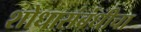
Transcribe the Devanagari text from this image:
शोधासंबंधीचा